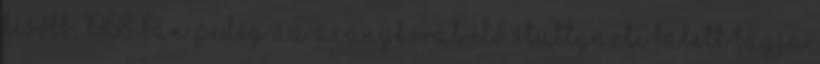
később, 1968-ban pedig az aranykorát élő Stuttgarti Balett tagja